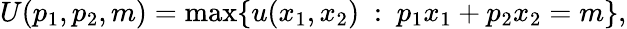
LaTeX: U(p_{1},p_{2},m)=\operatorname*{max}\{ \, \! u(x_{1},x_{2}){\mathrm{~}}:{\mathrm{~}}p_{1}x_{1}+p_{2}x_{2}=m\} ,